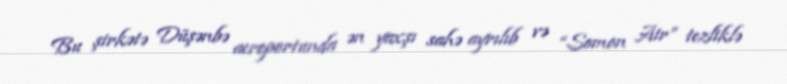
Bu şirkətə Düşənbə aeroportunda ən yaxşı sahə ayrılıb və “Somon Air” tezliklə